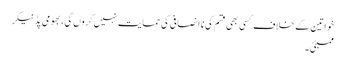
خواتین کے خلاف کسی بھی قسم کی ناانصافی کی حمایت نہیں کروں گی، بھومی پڈنیکر
ممبئی ۔